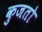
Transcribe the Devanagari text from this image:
कुजतो